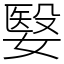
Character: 嫛